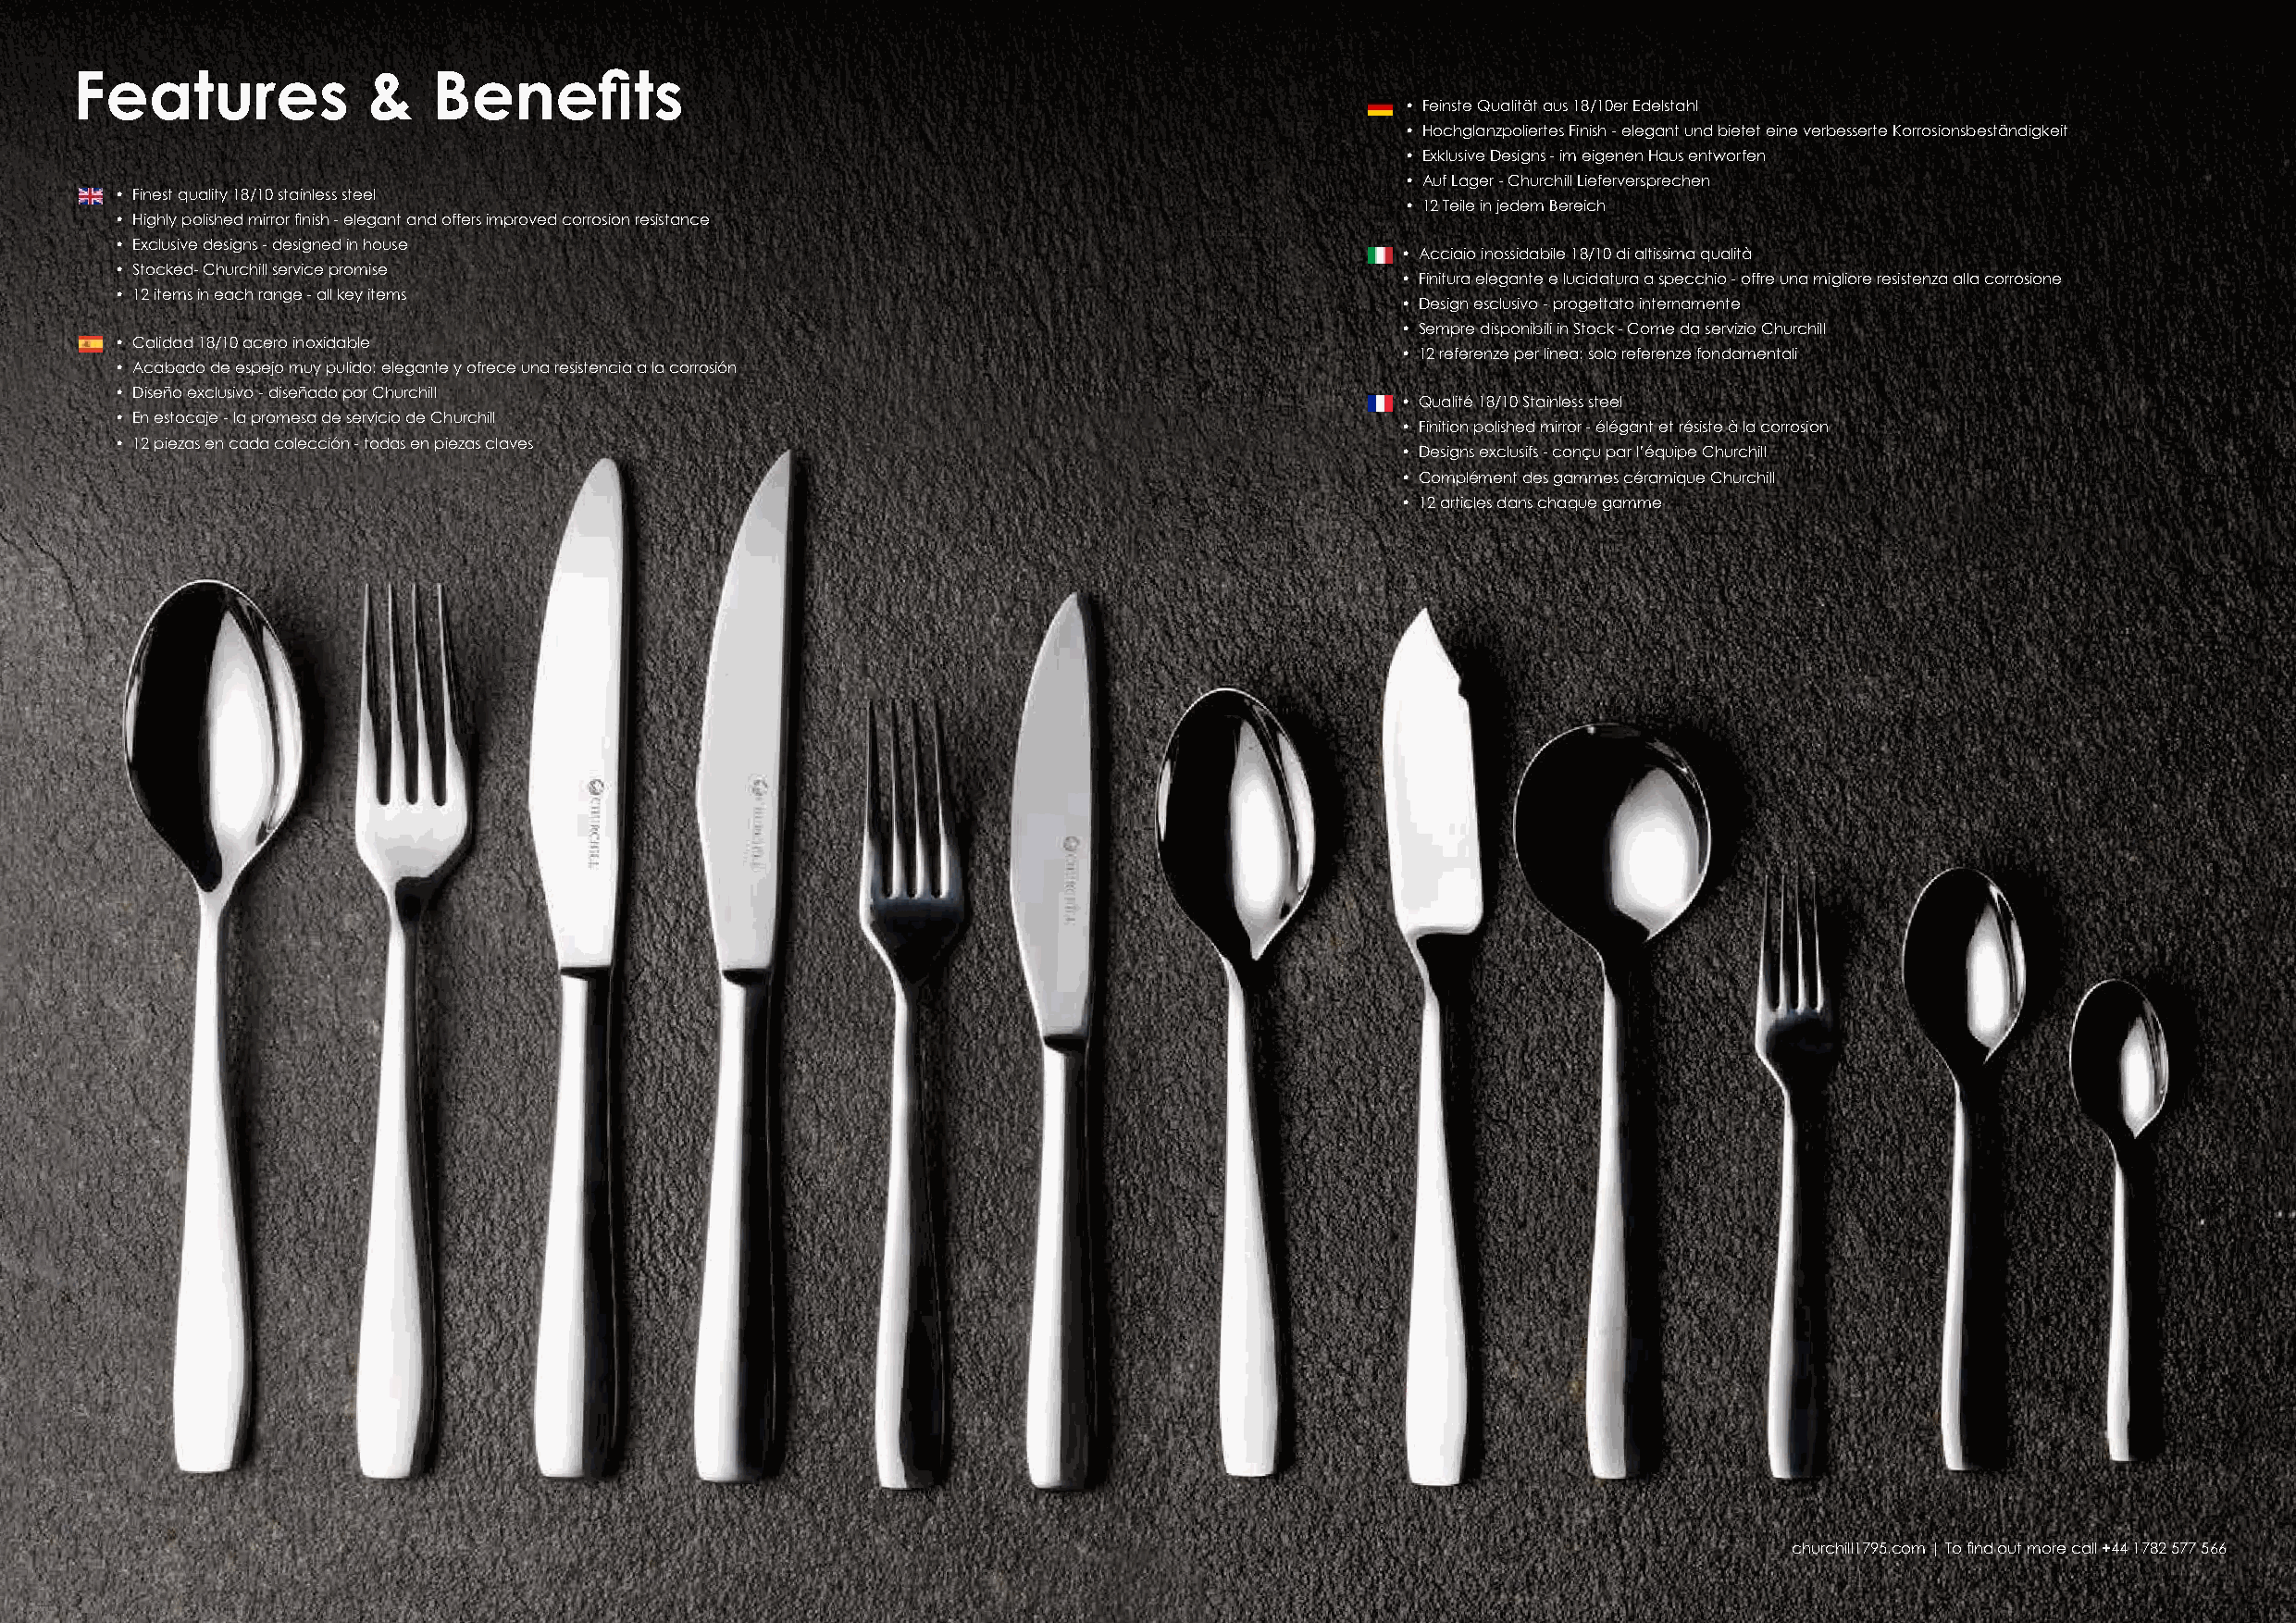
Features             &    Benefits
 • Feinste Qualität aus 18/10er Edelstahl
 • Hochglanzpoliertes Finish - elegant und bietet eine verbesserte Korrosionsbeständigkeit
 • Exklusive Designs - im eigenen Haus entworfen
 • Auf Lager - Churchill Lieferversprechen
 • Finest quality 18/10 stainless steel
 • 12 Teile in jedem Bereich
 • Highly polished mirror finish - elegant and offers improved corrosion resistance
 • Exclusive designs - designed in house
 • Acciaio inossidabile 18/10 di altissima qualità
 • Stocked- Churchill service promise
 • Finitura elegante e lucidatura a specchio - offre una migliore resistenza alla corrosione
 • 12 items in each range - all key items
 • Design esclusivo - progettato internamente
 • Sempre disponibili in Stock - Come da servizio Churchill
 • Calidad 18/10 acero inoxidable
 • 12 referenze per linea: solo referenze fondamentali
 • Acabado de espejo muy pulido: elegante y ofrece una resistencia a la corrosión
 • Diseño exclusivo - diseñado por Churchill
 • Qualité 18/10 Stainless steel
 • En estocaje - la promesa de servicio de Churchill
 • Finition polished mirror - élégant et résiste à la corrosion
 • 12 piezas en cada colección - todas en piezas claves
 • Designs exclusifs - conçu par l’équipe Churchill
 • Complément des gammes céramique Churchill
 • 12 articles dans chaque gamme
 churchill1795.com | To find out more call +44 1782 577 566